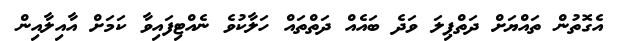
އެގޮތުން ތައްޔަށް ދަތްޕިލަ ވަދެ ބައެއް ދަތްތައް ހަލާކުވެ ނެއްޓިފައިވާ ކަމަށް އާއިލާއިން